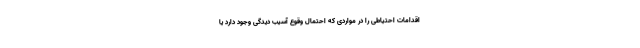
اقدامات احتیاطی را در مواردی که احتمال وقوع آسیب دیدگی وجود دارد یا